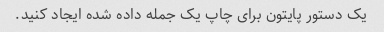
یک دستور پایتون برای چاپ یک جمله داده شده ایجاد کنید.